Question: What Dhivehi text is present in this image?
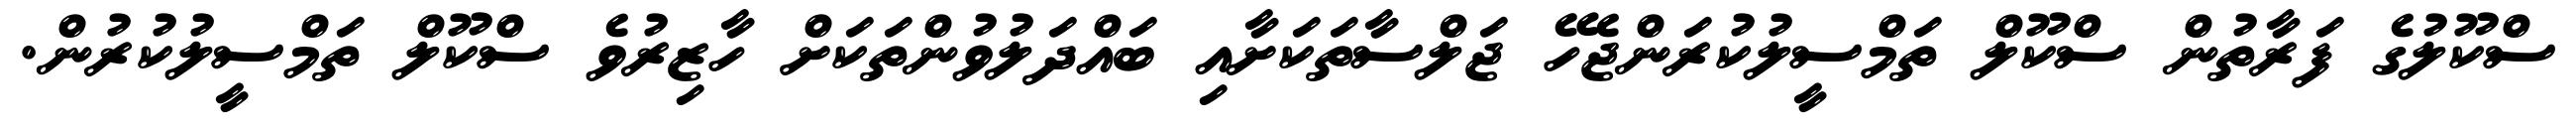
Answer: ސްކޫލުގެ ފަރާތުން ސްކޫލް ތަމްސީލުކުރަންޖެހޭ ޖަލްސާތަކަށާއި ބައްދަލުވުންތަކަށް ހާޒިރުވެ ސްކޫލް ތަމްސީލުކުރުން.